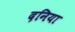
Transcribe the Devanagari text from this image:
दनिया